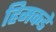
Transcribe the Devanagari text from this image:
हिमकडे